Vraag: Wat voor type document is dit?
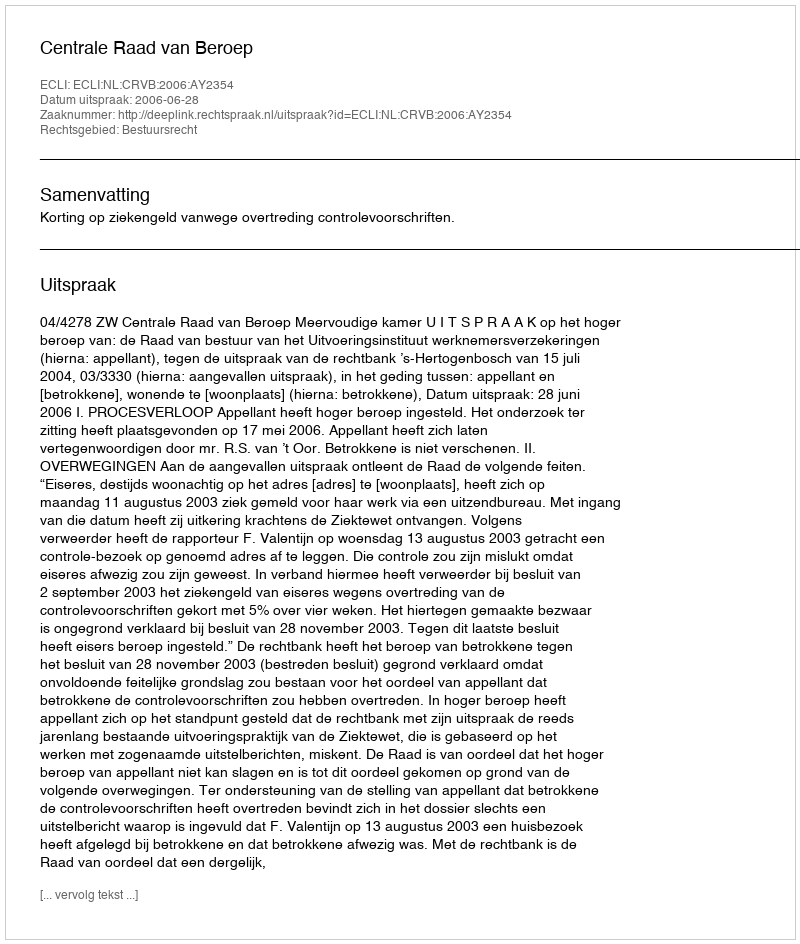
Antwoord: Uitspraak